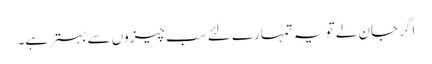
اگر جان لے تو یہ تمہارے لئے سب چیزوں سے بہتر ہے۔